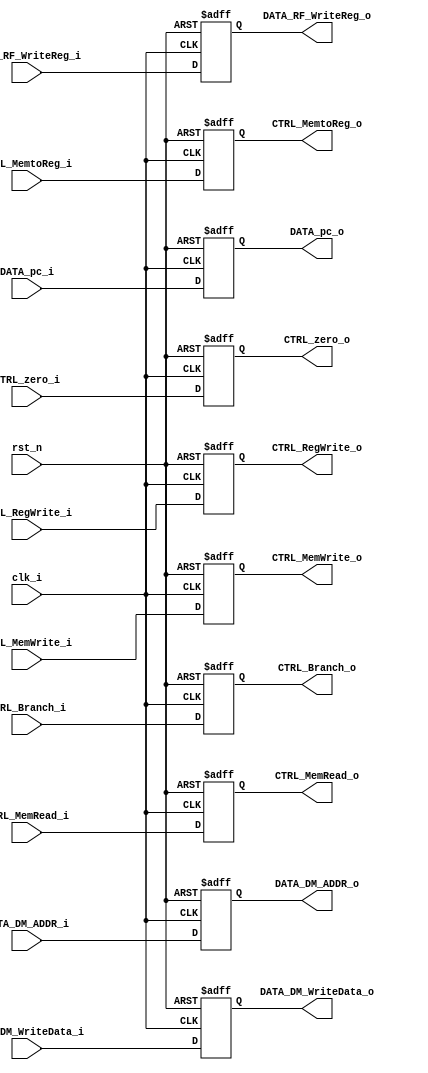
module PIPELINE_EXMEM(
	clk_i,
	rst_n,
	CTRL_MemRead_i,
	CTRL_MemWrite_i,
	CTRL_MemtoReg_i,
	CTRL_RegWrite_i,
	CTRL_Branch_i,
	CTRL_zero_i,
	DATA_pc_i,
	DATA_DM_ADDR_i,
	DATA_DM_WriteData_i,
	DATA_RF_WriteReg_i,
	CTRL_MemRead_o,
	CTRL_MemWrite_o,
	CTRL_MemtoReg_o,
	CTRL_RegWrite_o,
	CTRL_Branch_o,
	CTRL_zero_o,
	DATA_pc_o,
	DATA_DM_ADDR_o,
	DATA_DM_WriteData_o,
	DATA_RF_WriteReg_o);

input wire 				clk_i, rst_n;
input wire 				CTRL_zero_i, CTRL_Branch_i;
input wire 				CTRL_MemRead_i, CTRL_MemWrite_i, CTRL_MemtoReg_i, CTRL_RegWrite_i;
input wire 	[32-1:0]	DATA_pc_i;
input wire 	[32-1:0]	DATA_DM_ADDR_i;
input wire 	[32-1:0]	DATA_DM_WriteData_i;
input wire 	[5-1:0]		DATA_RF_WriteReg_i;

output reg 				CTRL_zero_o, CTRL_Branch_o;
output reg 				CTRL_MemRead_o, CTRL_MemWrite_o, CTRL_MemtoReg_o, CTRL_RegWrite_o;
output reg 	[32-1:0]	DATA_pc_o;
output reg 	[32-1:0]	DATA_DM_ADDR_o;
output reg 	[32-1:0]	DATA_DM_WriteData_o;
output reg 	[5-1:0]		DATA_RF_WriteReg_o;

always @(posedge clk_i or negedge rst_n) begin
	if (!rst_n) begin
		CTRL_zero_o 		<= 0;
		CTRL_Branch_o 		<= 0;
		CTRL_MemRead_o		<= 0;
		CTRL_MemWrite_o		<= 0;
		CTRL_MemtoReg_o		<= 0;
		CTRL_RegWrite_o		<= 0;

		DATA_pc_o			<= 32'd0;
		DATA_DM_ADDR_o		<= 32'd0;
		DATA_DM_WriteData_o	<= 32'd0;
		DATA_RF_WriteReg_o	<= 5'd0;
	end else begin
		CTRL_zero_o 		<= CTRL_zero_i;
		CTRL_Branch_o 		<= CTRL_Branch_i;
		CTRL_MemRead_o		<= CTRL_MemRead_i;
		CTRL_MemWrite_o		<= CTRL_MemWrite_i;
		CTRL_MemtoReg_o		<= CTRL_MemtoReg_i;
		CTRL_RegWrite_o		<= CTRL_RegWrite_i;

		DATA_pc_o			<= DATA_pc_i;
		DATA_DM_ADDR_o		<= DATA_DM_ADDR_i;
		DATA_DM_WriteData_o	<= DATA_DM_WriteData_i;
		DATA_RF_WriteReg_o	<= DATA_RF_WriteReg_i;
	end
end

endmodule